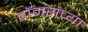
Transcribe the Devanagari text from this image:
टॉमसच्या